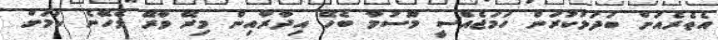
އެތެރެއަށް ބަދަލުކުރަން ހަމަޖެއްސީ މޫސުމާ ބެހޭ އިދާރާއިން މިރޭ ވާރޭ ވެހޭނެ ކަމަށް